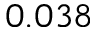
0 . 0 3 8